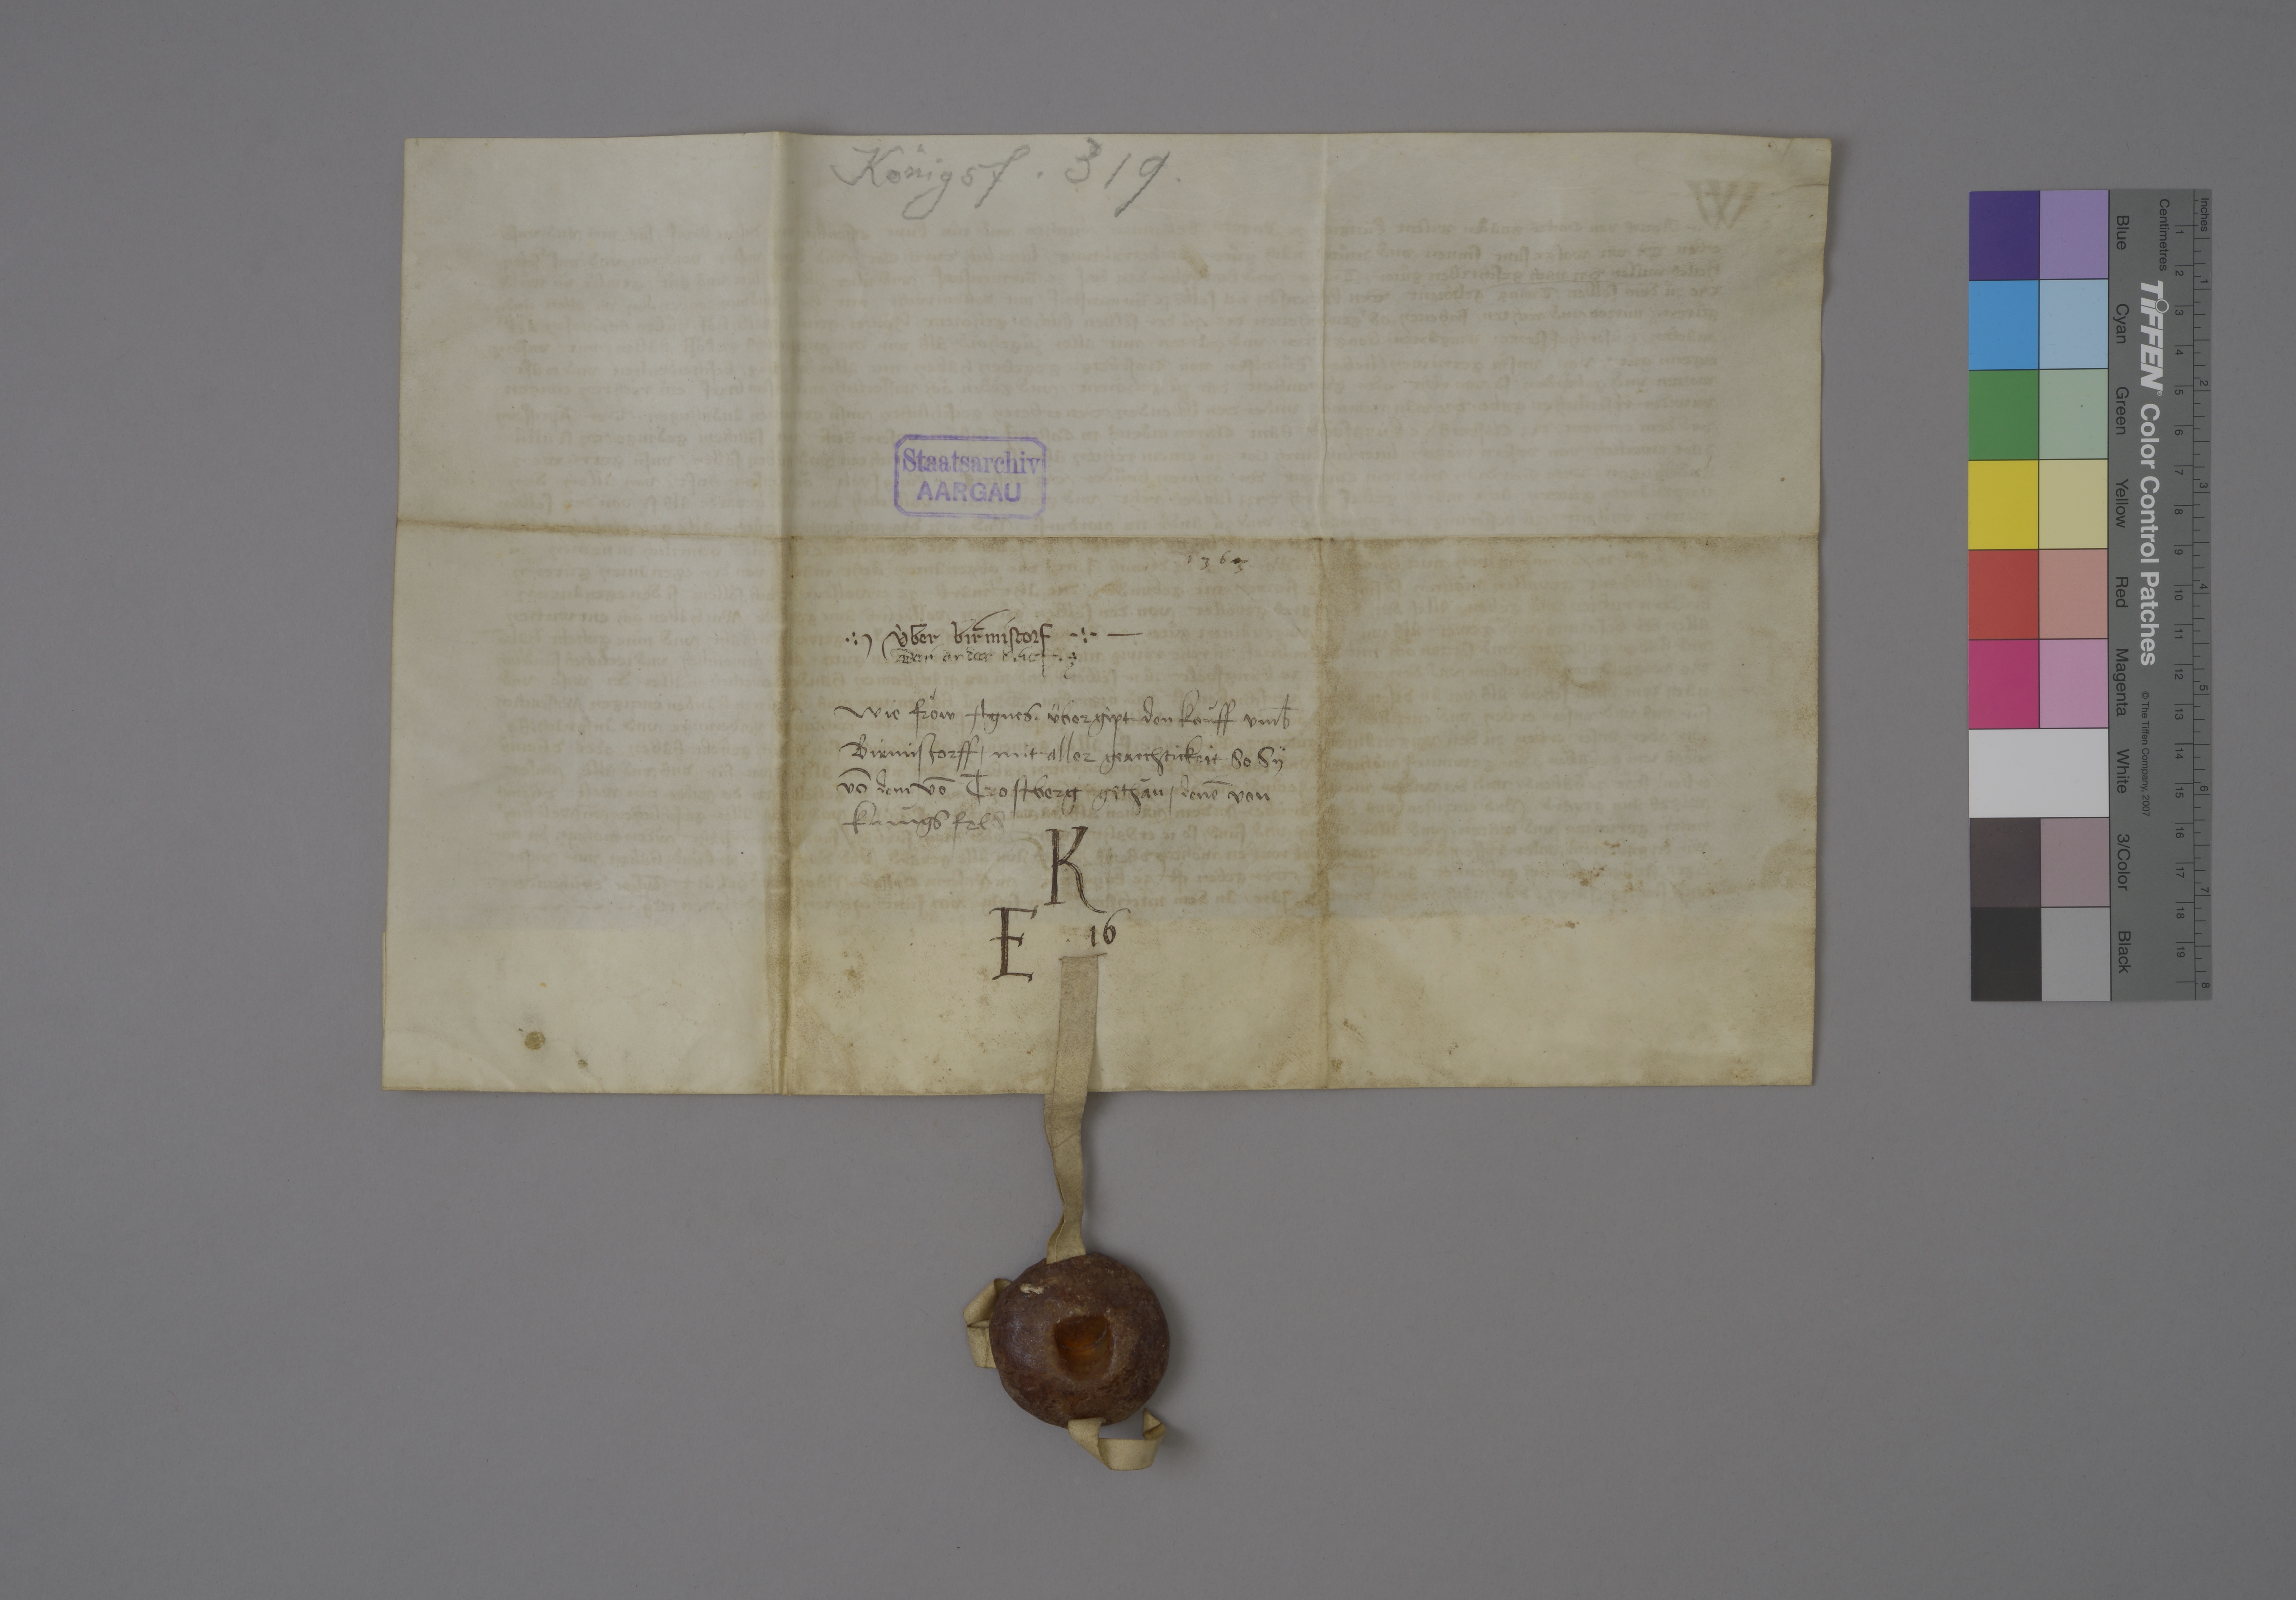
Transcription:
Königsf. 319 .

Staatsarchiv
AARGAU

A

1363 ✳

✳ ùber Birmistorf ✳

der ander brief ✳

wie fròw Agnes ✳ übergipt den koùff umb̄
Birmistorff ✳ mit aller gerechtickeit so sy
vō dem vō Trostberg gethàn ✳ denē von
Kùngsfeld₎

K
E ✳ 16